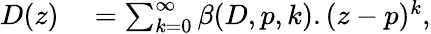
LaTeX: \begin{array}{r}{\begin{array}{rl}{D(z)}&{{}=\sum_{k=0}^{\infty}\beta(D,p,k).(z-p)^{k},}\end{array}}\end{array}